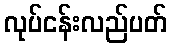
လုပ်ငန်းလည်ပတ်